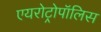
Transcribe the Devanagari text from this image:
एयरोट्रोपॉलिस